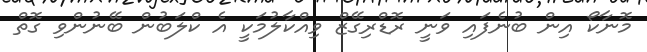
މޮނާކޯ އިން ބުނެފައި ވަނީ ރޮޑްރިގޭޒް ވިއްކާލުމަކީ އެ ކްލަބުން ބޭނުންވި ގޮތް